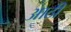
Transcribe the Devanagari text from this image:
आठी